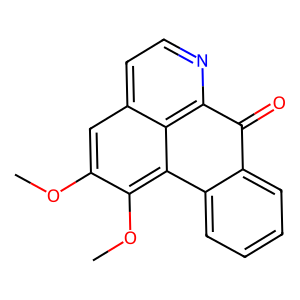
SMILES: COc1cc2ccnc3c2c(c1OC)-c1ccccc1C3=O
Inhibits HIV replication: No